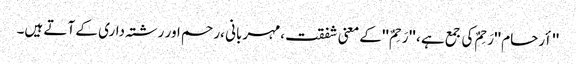
'' أرحام ''رَحِمٌ کی جمع ہے ، '' رَحِمٌ ''کے معنی شفقت ،مہربانی ،رحم اور رشتہ داری کے آتے ہیں۔